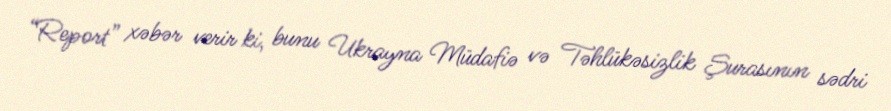
“Report” xəbər verir ki, bunu Ukrayna Müdafiə və Təhlükəsizlik Şurasının sədri